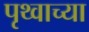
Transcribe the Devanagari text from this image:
पृथ्वाच्या